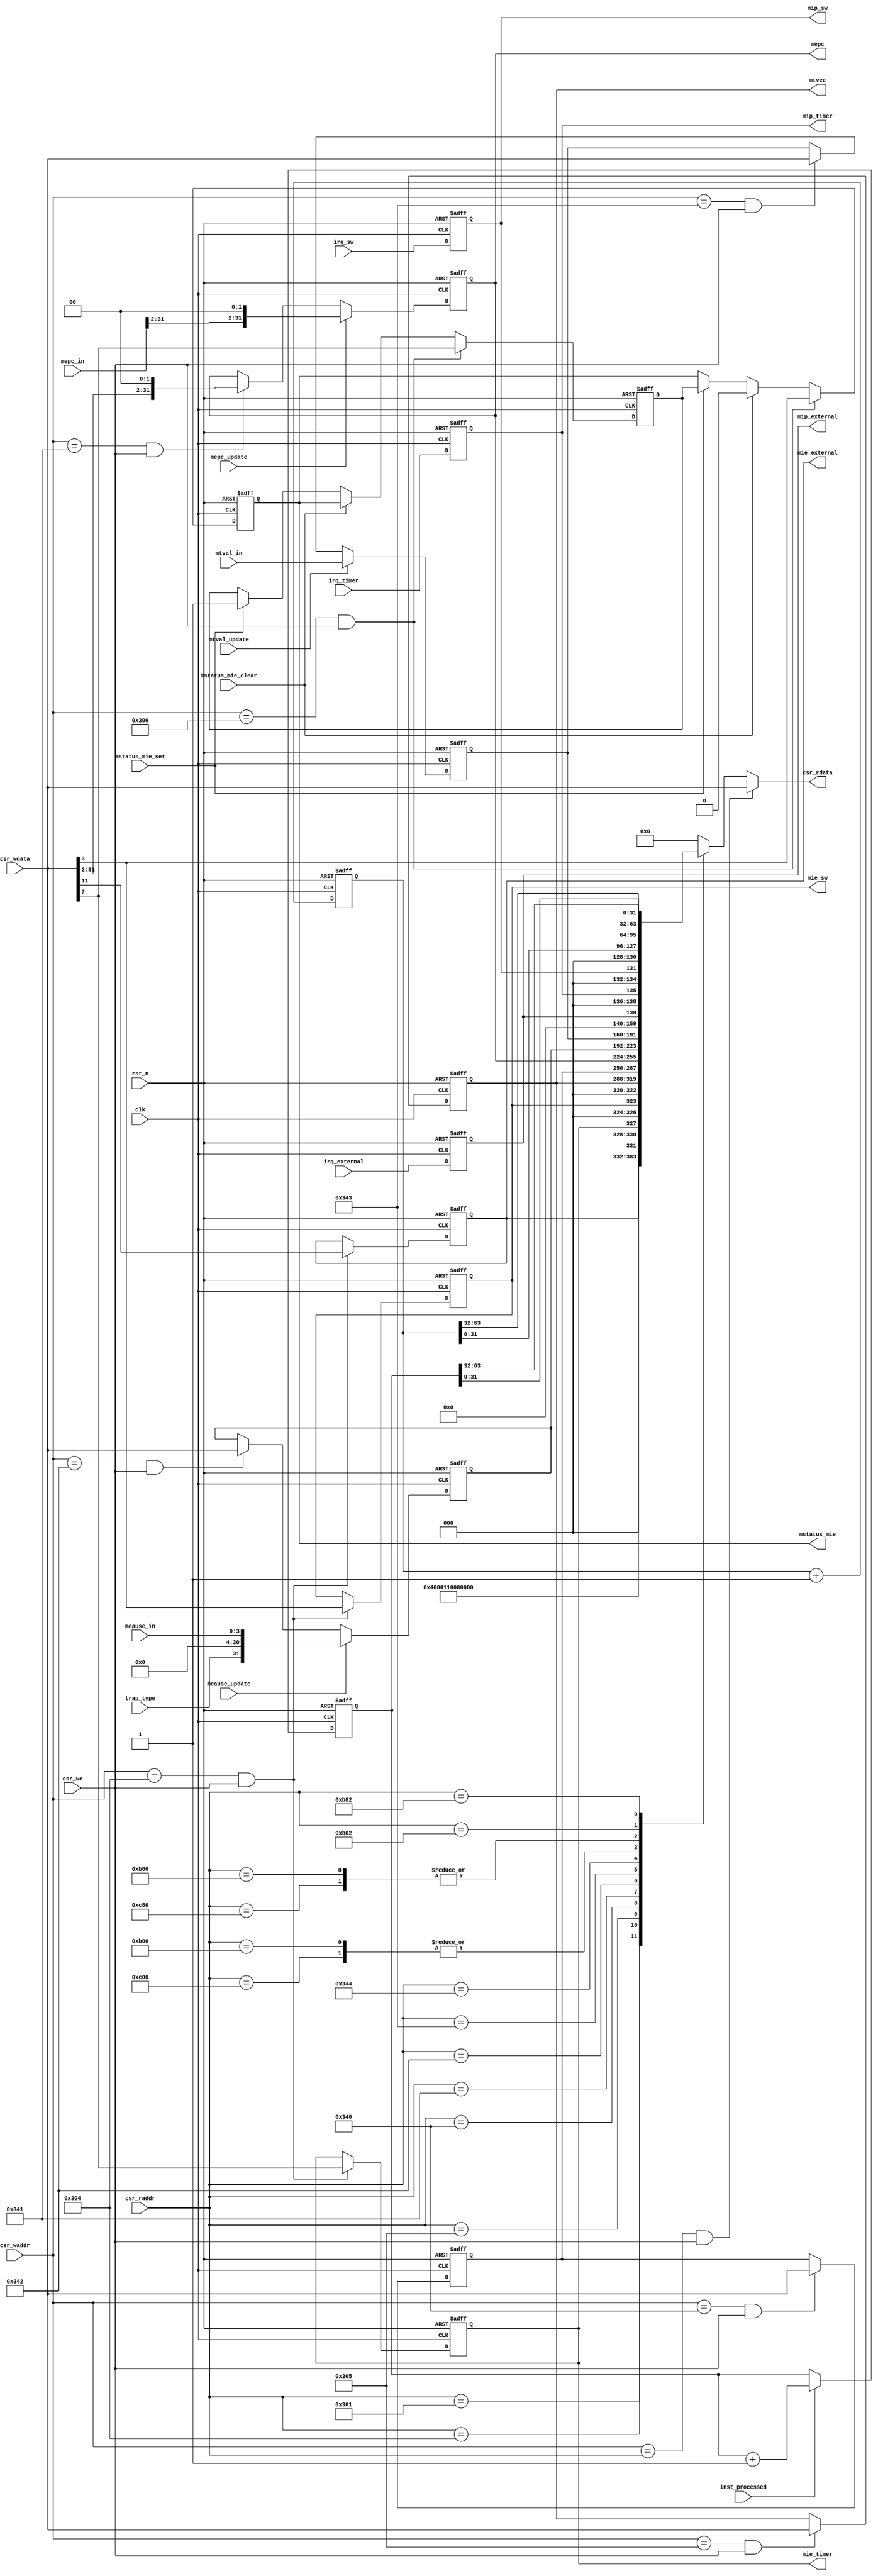
// -----------------------------------------------------------------
// 
// Company: 
// Description:                                                     
// 
// 
//                                                                  
// Comments:                                                        
// 
// -----------------------------------------------------------------


module csr  #(parameter WIDTH=32)
(
    input  wire                     clk,
    input  wire                     rst_n,

    // ex
    input  wire     [11:0]          csr_raddr,
    output reg      [WIDTH-1:0]     csr_rdata,

    // wb
    input  wire                     csr_we,
    input  wire     [11:0]          csr_waddr,
    input  wire     [WIDTH-1:0]     csr_wdata,
    
    input  wire                     inst_processed,

    // interrupt request
    input  wire                     irq_sw,
    input  wire                     irq_timer,
    input  wire                     irq_external,

    // ctrl
    input  wire                     mstatus_mie_set,
    input  wire                     mstatus_mie_clear,

    input  wire     [WIDTH-1:0]     mepc_in,
    input  wire                     mepc_update,

    input  wire     [WIDTH-1:0]     mtval_in,
    input  wire                     mtval_update,

    input  wire                     trap_type,          // 1'b1 interrrupt, 1'b0 exception
    input  wire     [3:0]           mcause_in,          // 0-15 bit value, other reserved 
    input  wire                     mcause_update,

    
    output reg                      mstatus_mie,

    output reg                      mie_sw,
    output reg                      mie_timer,
    output reg                      mie_external,

    output reg      [WIDTH-1:0]     mtvec,

    output reg      [WIDTH-1:0]     mepc,

    output reg                      mip_sw,
    output reg                      mip_timer,
    output reg                      mip_external
    
);

// define csr addr
localparam CSR_MVENDORID_ADDR       = 12'hF1;
localparam CSR_MARCHID_ADDR         = 12'hF12;
localparam CSR_MIMPID_ADDR          = 12'hF13;
localparam CSR_MHARTID_ADDR         = 12'hF14;
localparam CSR_MSTATUS_ADDR         = 12'h300;
localparam CSR_MISA_ADDR            = 12'h301;
localparam CSR_MIE_ADDR             = 12'h304;
localparam CSR_MTVEC_ADDR           = 12'h305;
localparam CSR_MSCRATCH_ADDR        = 12'h340;
localparam CSR_MEPC_ADDR            = 12'h341;
localparam CSR_MCAUSE_ADDR          = 12'h342;
localparam CSR_MTVAL_ADDR           = 12'h343;
localparam CSR_MIP_ADDR             = 12'h344;
localparam CSR_CYCLE_ADDR           = 12'hc00;
localparam CSR_CYCLEH_ADDR          = 12'hc80;
localparam CSR_MCYCLE_ADDR          = 12'hB00;
localparam CSR_MCYCLEH_ADDR         = 12'hB80;
localparam CSR_MINSTRET_ADDR        = 12'hB02;
localparam CSR_MINSTRETH_ADDR       = 12'hB82;


// define csr value
localparam CSR_MVENDORID    = 32'b0;
localparam CSR_MARCHID      = 32'b0;
localparam CSR_MIMPID       = 32'b0;
localparam CSR_MHARTID      = 32'b0;
//MISA: [31:30]mxl 2'b01(32 bit), [12]int mul/div, [8]RV32/64/128I
localparam CSR_MISA         = {2'b01,4'b0,26'b00_0000_0000_0001_0001_0000_0000}; 

////////////////////////////////////////////////////////////////////////////////
// csr update
////////////////////////////////////////////////////////////////////////////////

//-----------------------------------------------------------------------------------------
// mstatus
//-----------------------------------------------------------------------------------------
wire     [WIDTH-1:0]    mstatus;
reg                     mstatus_mpie;

// two-level stack of interrupt-enable bits(mpie, mie)
always @(posedge clk or negedge rst_n) begin
    if(!rst_n) begin
        mstatus_mie     <= 1'b0;
        mstatus_mpie    <= 1'b1;
    end
    else if((csr_waddr==CSR_MSTATUS_ADDR) && csr_we) begin
        mstatus_mie     <= csr_wdata[3];
        mstatus_mpie    <= csr_wdata[7];
    end
    else if(mstatus_mie_clear) begin
        mstatus_mpie    <= mstatus_mie;
        mstatus_mie     <= 1'b0;
    end
    else if(mstatus_mie_set) begin
        mstatus_mie     <= mstatus_mpie;
        mstatus_mpie    <= 1'b1;
    end
end

// mstatus 32 bits: [12:11]MPP(2'b11), [7]MPIE, [3]MIE
assign mstatus  = {19'b0, 2'b11, 3'b0, mstatus_mpie, 3'b0, mstatus_mie, 3'b0};

//-----------------------------------------------------------------------------------------
// mie
// read/write register containing interrupt enable bits.
//-----------------------------------------------------------------------------------------
wire    [WIDTH-1:0] mie;

always @(posedge clk or negedge rst_n) begin
    if(!rst_n) begin
        mie_sw          <= 1'b0;
        mie_timer       <= 1'b0;
        mie_external    <= 1'b0;
    end
    else if((csr_waddr==CSR_MIE_ADDR) && csr_we) begin
        mie_sw          <= csr_wdata[3];
        mie_timer       <= csr_wdata[7];
        mie_external    <= csr_wdata[11];
    end
end

// mie 32 bits: [11]MEIE, [7]MTIE, [3]MSIE
assign mie = {20'b0, mie_external, 3'b0, mie_timer, 3'b0, mie_sw, 3'b0};

//------------------------------------------------------------------------------------------
// mtvec
// base addr + mode
// (1) Direct mode(![0]): all traps cause the pc to be set to the address in the BASE field
// (2) Vector mode([0]) : exceptions pc --> BASE, interrrupts pc --> BASE + 4x cause number
//------------------------------------------------------------------------------------------
always @(posedge clk or negedge rst_n) begin
    if(!rst_n) begin
        mtvec       <= 32'h0000_0001;   // vector mode 
    end
    else if((csr_waddr==CSR_MTVEC_ADDR) && csr_we) begin
        mtvec       <= csr_wdata;
    end
end

//------------------------------------------------------------------------------------------
// mscratch
// used to hold a pointer to a machine-mode hart-local context space 
// and swapped with a user register upon entry to an M-mode trap handler.
//------------------------------------------------------------------------------------------
reg     [WIDTH-1:0] mscratch;

always @(posedge clk or negedge rst_n) begin
    if(!rst_n) begin
        mscratch        <= 32'd0;
    end
    else if((csr_waddr==CSR_MSCRATCH_ADDR) && csr_we) begin
        mscratch        <= csr_wdata;
    end
end

//------------------------------------------------------------------------------------------
// mepc
// Implementation support only IALIGN=32, the two low bits (mepc[1:0]) are always zero.
//------------------------------------------------------------------------------------------
always @(posedge clk or negedge rst_n) begin
    if(!rst_n) begin
        mepc        <= 32'd0;
    end
    else if(mepc_update) begin
        mepc        <= {mepc_in[31:2], 2'b00};
    end
    else if((csr_waddr==CSR_MEPC_ADDR) && csr_we) begin
        mepc        <= {csr_wdata[31:2], 2'b00};
    end    
end

//------------------------------------------------------------------------------------------
// mcause
// When a trap is taken into M-mode, 
// mcause is written with a code indicating the event that caused the trap.
//------------------------------------------------------------------------------------------
reg    [WIDTH-1:0]     mcause;

always @(posedge clk or negedge rst_n) begin
    if(!rst_n) begin
        mcause      <= 32'd0;
    end
    else if(mcause_update) begin
        mcause      <= {trap_type, 27'b0, mcause_in}; // [31]interrupt/exception bit, [3:0] cause number
    end
    else if((csr_waddr==CSR_MCAUSE_ADDR) && csr_we) begin
        mcause      <= csr_wdata;
    end
end

//------------------------------------------------------------------------------------------
// mtval
// When a trap is taken into M-mode, 
// mtval is either set to zero or written with exception-specific information 
// to assist software in handling the trap.
//------------------------------------------------------------------------------------------
reg     [WIDTH-1:0]     mtval;

always @(posedge clk or negedge rst_n) begin
    if(!rst_n) begin
        mtval       <= 32'd0;
    end
    else if(mtval_update) begin
        mtval       <= mtval_in;
    end
    else if((csr_waddr==CSR_MTVAL_ADDR) && csr_we) begin
        mtval       <= csr_wdata;
    end
end

//------------------------------------------------------------------------------------------
// mip
// read/write register containing information on pending interrupts
//------------------------------------------------------------------------------------------
wire    [WIDTH-1:0] mip;

always @(posedge clk or negedge rst_n) begin
    if(!rst_n) begin
        mip_sw          <= 1'b0;
        mip_timer       <= 1'b0;
        mip_external    <= 1'b0;
    end
    else begin
        mip_sw          <= irq_sw;
        mip_timer       <= irq_timer;
        mip_external    <= irq_external;
    end
end

// mip 32 bits: [11]MEIE, [7]MTIE, [3]MSIE
assign mip = {20'b0, mip_external, 3'b0, mip_timer, 3'b0, mip_sw, 3'b0};

//------------------------------------------------------------------------------------------
// mcycle
// counts the number of clock cycles executed by the processor core on which the hart is running.
// 64-bit
//------------------------------------------------------------------------------------------
reg     [2*WIDTH-1:0]   mcycle;

always @(posedge clk or negedge rst_n) begin
    if(!rst_n) begin
        mcycle      <= 'd0;
    end
    else begin
        mcycle      <= mcycle + 1'b1;
    end
end


//------------------------------------------------------------------------------------------
// minstret
// counts the number of instructions the hart has retired.
// 64-bit
//------------------------------------------------------------------------------------------
reg     [2*WIDTH-1:0]   minstret;

always @(posedge clk or negedge rst_n) begin
    if(!rst_n) begin
        minstret    <= 'd0;
    end
    else if(inst_processed) begin
        minstret    <= minstret + 1'b1;
    end
end



////////////////////////////////////////////////////////////////////////////////
// csr read
////////////////////////////////////////////////////////////////////////////////

always @(*) begin
    // data bypass
    if((csr_waddr==csr_raddr) && csr_we) begin
        csr_rdata   = csr_wdata;
    end
    else begin
        case(csr_raddr)
            CSR_MVENDORID_ADDR:
                csr_rdata   = CSR_MVENDORID;
            CSR_MARCHID_ADDR:
                csr_rdata   = CSR_MARCHID;
            CSR_MIMPID_ADDR:
                csr_rdata   = CSR_MIMPID;
            CSR_MHARTID_ADDR:
                csr_rdata   = CSR_MHARTID;
            CSR_MISA_ADDR:
                csr_rdata   = CSR_MISA;
            CSR_MIE_ADDR:
                csr_rdata   = mie;
            CSR_MTVEC_ADDR:
                csr_rdata   = mtvec;
            CSR_MSCRATCH_ADDR:
                csr_rdata   = mscratch;
            CSR_MEPC_ADDR:
                csr_rdata   = mepc;
            CSR_MCAUSE_ADDR:
                csr_rdata   = mcause;
            CSR_MTVAL_ADDR:
                csr_rdata   = mtval;
            CSR_MIP_ADDR:
                csr_rdata   = mip;
            CSR_MCYCLE_ADDR, CSR_CYCLE_ADDR:
                csr_rdata   = mcycle[WIDTH-1:0];
            CSR_MCYCLEH_ADDR, CSR_CYCLEH_ADDR:
                csr_rdata   = mcycle[2*WIDTH-1:WIDTH];
            CSR_MINSTRET_ADDR:
                csr_rdata   = minstret[WIDTH-1:0];
            CSR_MINSTRETH_ADDR:
                csr_rdata   = minstret[2*WIDTH-1:WIDTH];
            default:
                csr_rdata   =   'd0;
        endcase
    end
end


endmodule